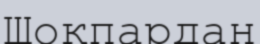
Шоқпардан